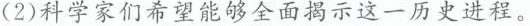
(2)科学家们希望能够全面揭示这一历史进程。